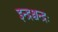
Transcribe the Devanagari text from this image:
इन्द्रश्चन्द्रः